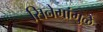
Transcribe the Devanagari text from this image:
सिनेमांमुळे